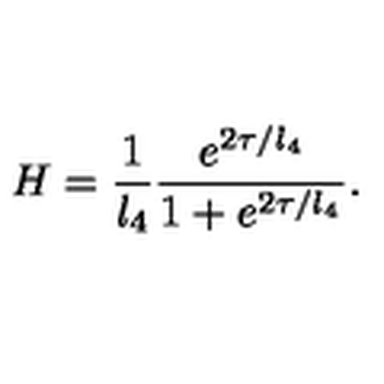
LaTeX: H = \frac { 1 } { l _ { 4 } } \frac { e ^ { 2 \tau / l _ { 4 } } } { 1 + e ^ { 2 \tau / l _ { 4 } } } .